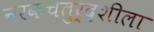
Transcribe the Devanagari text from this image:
नरकचतुर्दशीला